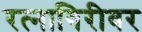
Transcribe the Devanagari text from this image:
रत्‍नागिरीवर